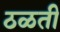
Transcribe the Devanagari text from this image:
ठळती